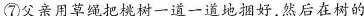
⑦父亲用草绳把树一道一道地好，然后在树的